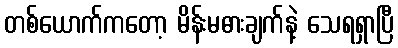
တစ်ယောက်ကတော့ မိန်းမဓားချက်နဲ့ သေရရှာပြီ